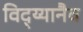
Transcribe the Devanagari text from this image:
विद्य्यानैव